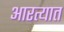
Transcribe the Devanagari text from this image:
आरत्यात